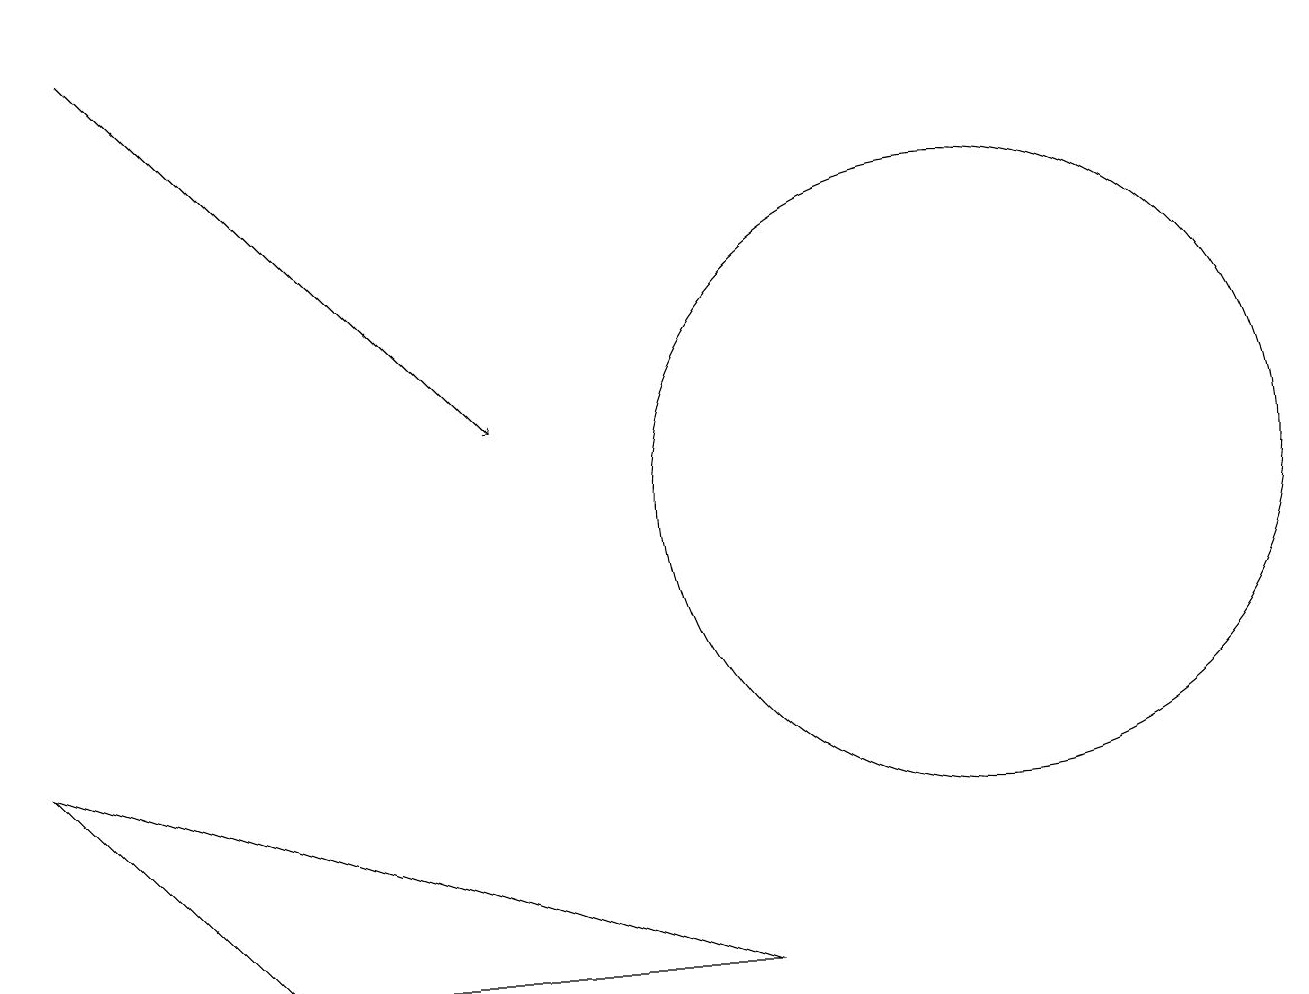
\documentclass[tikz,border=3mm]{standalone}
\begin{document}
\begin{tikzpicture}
\draw (0,8) -- (3,5) -- (9,5) -- cycle;
\draw[->] (1,17) -- (6,12);
\draw (12,11) circle (4);
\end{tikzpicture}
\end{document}